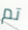
تم